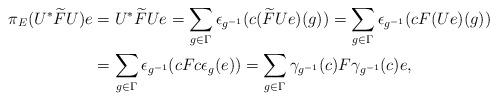
LaTeX: \begin{align*}\pi_E(U^*\widetilde{F}U)e & =U^*\widetilde{F}Ue=\sum_{g\in \Gamma}\epsilon_{g^{-1}}(c(\widetilde{F}Ue)(g))=\sum_{g\in \Gamma}\epsilon_{g^{-1}}(cF(Ue)(g)) \\ & =\sum_{g\in \Gamma}\epsilon_{g^{-1}}(cFc\epsilon_g(e))=\sum_{g\in \Gamma}\gamma_{g^{-1}}(c)F\gamma_{g^{-1}}(c)e,\end{align*}